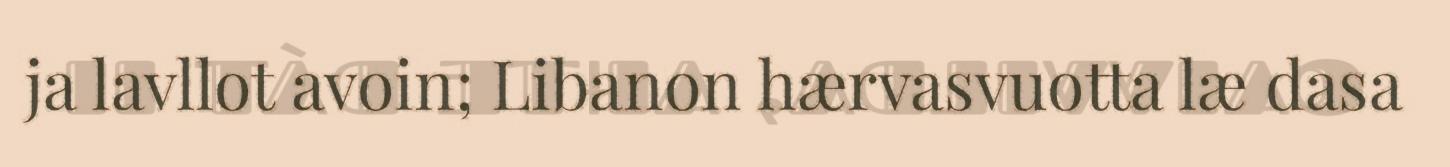
ja lavllot avoin; Libanon hærvasvuotta læ dasa